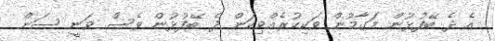
އެ ދެ ބޭފުޅުން މަގާމުން ވަކިކުރެއްވިކަން ދެ ބޭފުޅުން ވެސް ވަނީ ސަން